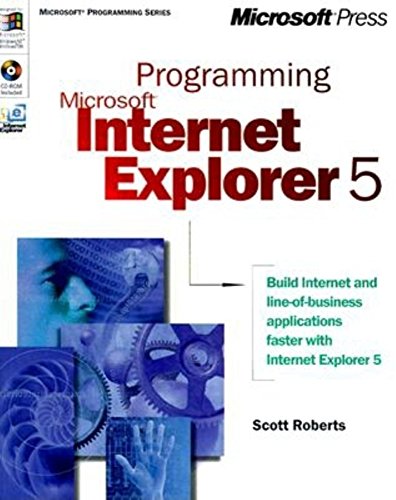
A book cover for Programming Microsoft Internet Explorer 5 (Microsoft Programming Series); Scott Roberts; Computers & Technology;